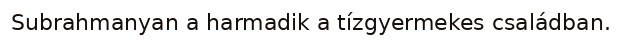
Subrahmanyan a harmadik a tízgyermekes családban.